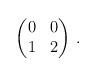
LaTeX: \begin{align*}\begin{pmatrix}0&0\\1&2\end{pmatrix}\,.\end{align*}